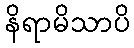
နိရာမိသာပိ